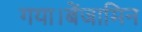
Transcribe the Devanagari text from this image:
गया।बेंजामिन